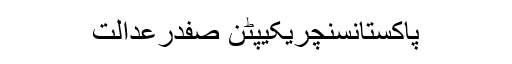
پاکستانسنچریکیپٹن صفدرعدالت